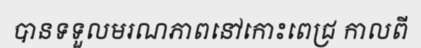
បានទទួលមរណភាពនៅកោះពេជ្រ កាលពី